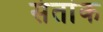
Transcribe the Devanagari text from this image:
संतांक